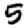
Digit: 5